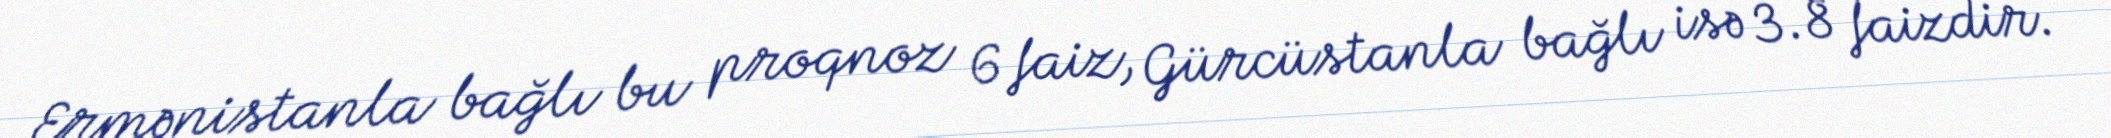
Ermənistanla bağlı bu proqnoz 6 faiz, Gürcüstanla bağlı isə 3.8 faizdir.